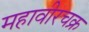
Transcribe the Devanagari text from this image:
महावीरचक्र